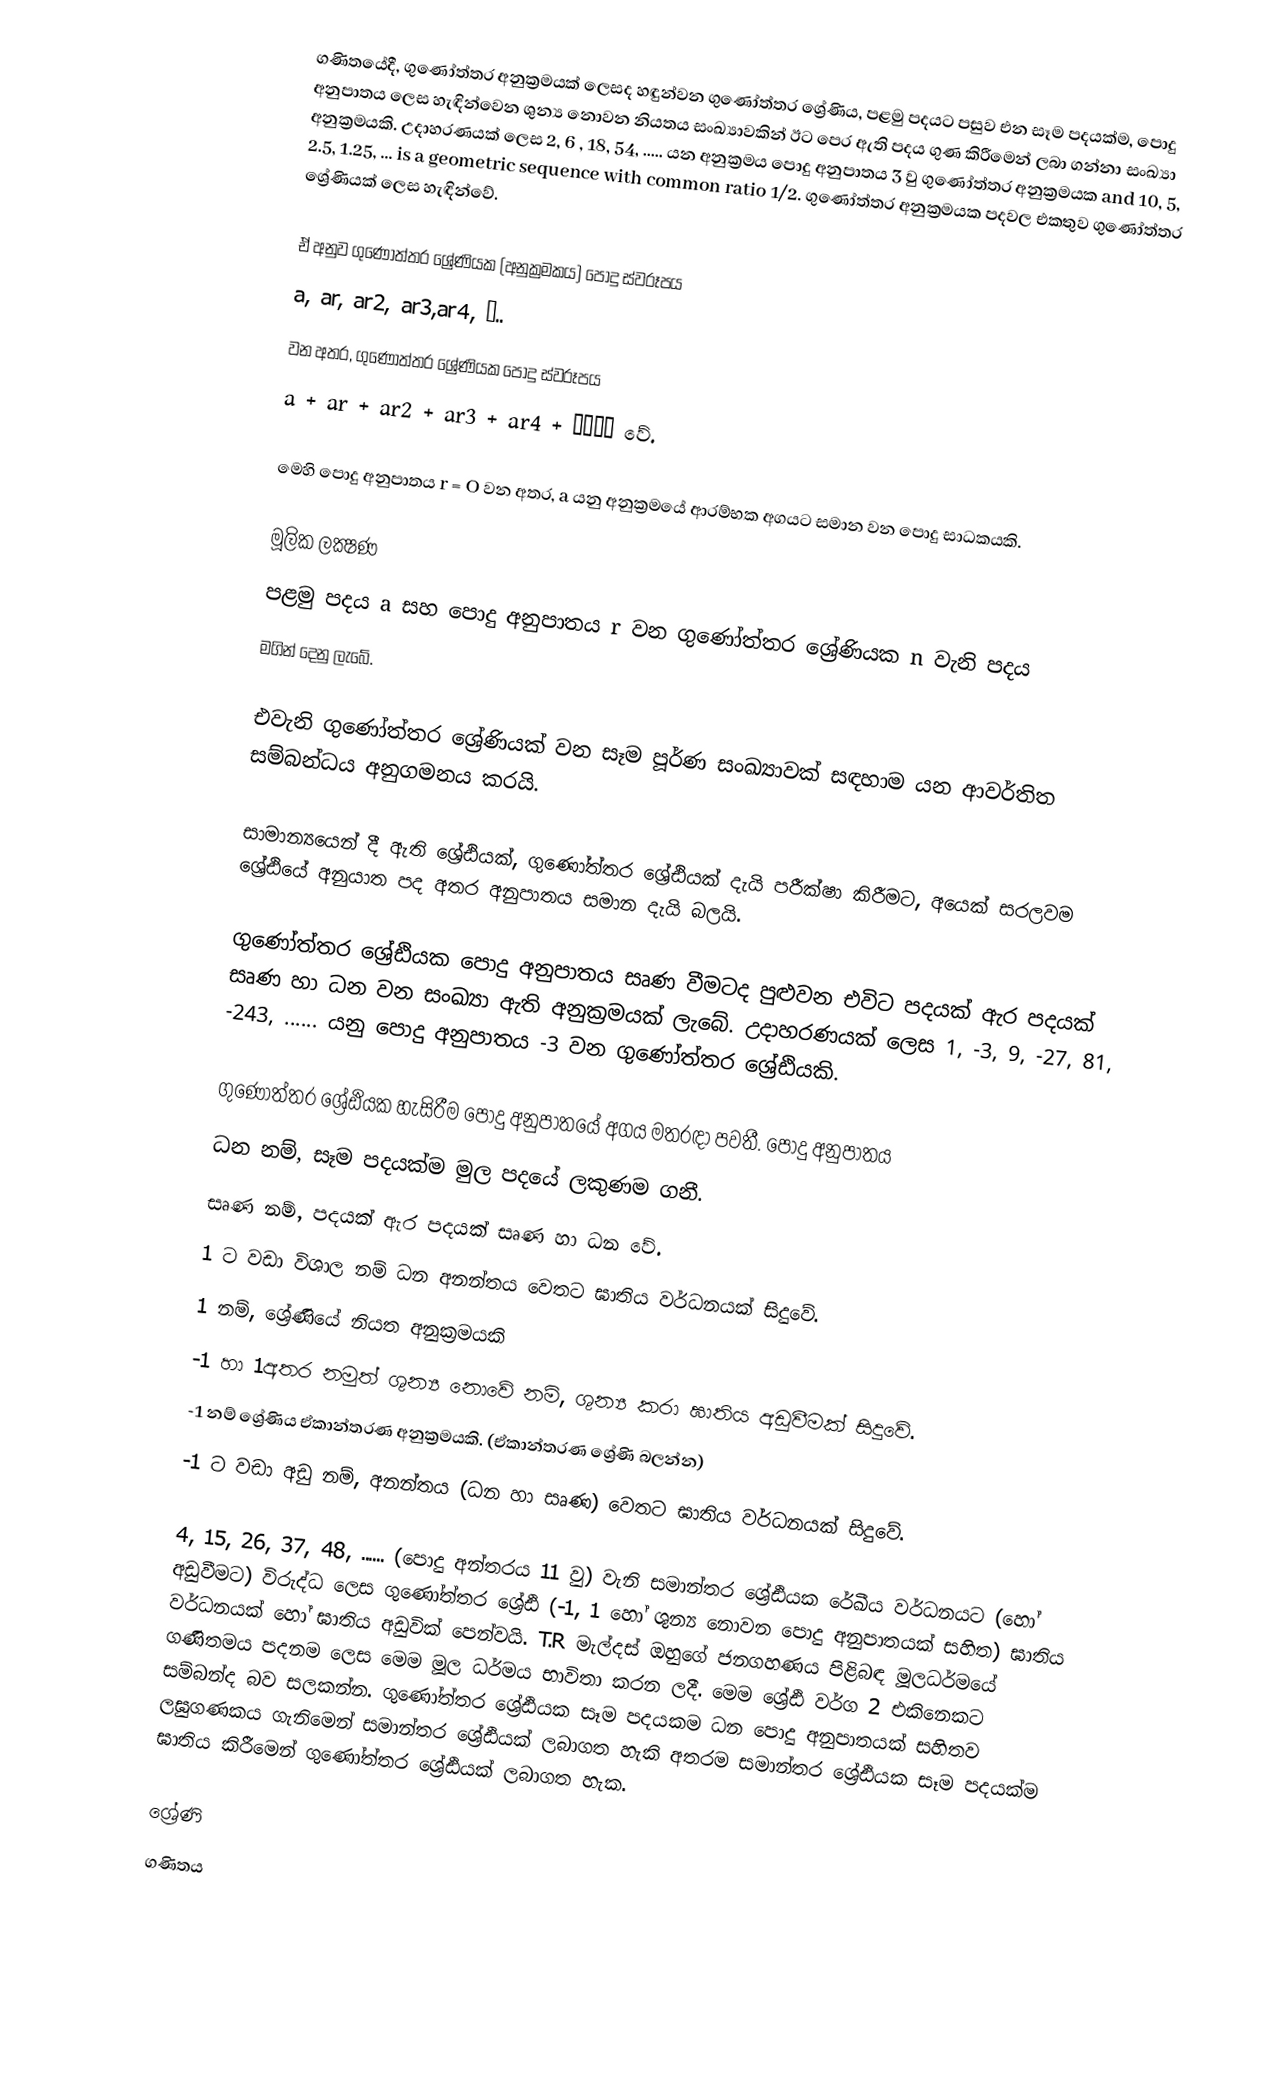
ගණිතයේදී, ගුණෝත්තර අනුක්‍රමයක් ලෙසද හඳුන්වන ගුණෝත්තර ශ්‍රේණිය, පළමු පදයට පසුව එන සෑම පදයක්ම, පොදු අනුපාතය ලෙස හැඳින්වෙන ශුන්‍ය නොවන නියතය සංඛ්‍යාවකින් ඊට‍ පෙර ඇති පදය ගුණ කිරීමෙන් ලබා ගන්නා සංඛ්‍යා අනුක්‍රමයකි. උදාහරණයක් ලෙස 2, 6 , 18, 54, ..... යන අනුක්‍රමය පොදු අනුපාතය 3  වු ගුණෝත්තර අනුක්‍රමයක and 10, 5, 2.5, 1.25, ... is a geometric sequence with common ratio 1/2. ගුණෝත්තර  අනුක්‍රමයක  පදවල එකතුව ගුණෝත්තර ශ්‍රේණියක් ලෙස හැඳින්වේ.

ඒ අනුව ගුණෝත්තර ශ්‍රේණියක (අනුක්‍රමකය) පොදු ස්වරූපය
a, ar, ar2, ar3,ar4, …..
වන අතර, ගුණෝත්තර ශ්‍රේණියක පොදු ස්වරූපය
a + ar + ar2 + ar3 + ar4 + ………… වේ.

මෙහි පොදු අනුපාතය r = O වන අතර,  a යනු අනුක්‍රමයේ ආරම්භක අගයට සමාන වන පොදු සාධකයකි.

මූලික ලක්‍ෂණ
පළමු පදය a සහ පොදු අනුපාතය r වන ගුණෝත්තර ශ්‍රේණියක n වැනි පදය
 මගින් දෙනු ලැබේ.

එවැනි ගුණෝත්තර ශ්‍රේණියක්  වන සෑම පූර්ණ සංඛ්‍යාවක් සඳහාම  යන ආවර්තිත සම්බන්ධය අනුගමනය කරයි.

සාමාන්‍යයෙන් දී ඇති ශ්‍රේඪියක්, ගුණෝත්තර ශ්‍රේඪියක් දැයි පරීක්ෂා කිරීමට, අයෙක් සරලවම ශ්‍රේඪියේ අනුයාත පද අතර අනුපාතය සමාන දැයි බලයි.

ගුණෝත්තර ශ්‍රේඪියක පොදු අනුපාතය සෘණ වීමටද පුළුවන එවිට පදයක් ඇර පදයක් සෘණ හා ධන වන සංඛ්‍යා ඇති අනුක්‍රමයක් ලැබේ. උදාහරණයක් ලෙස 1, -3, 9, -27, 81, -243, ...... යනු පොදු අනුපාතය -3 වන ගුණෝත්තර ශ්‍රේඪියකි.

ගුණෝත්තර ශ්‍රේඪියක හැසිරීම පොදු අනුපාතයේ අගය මතරඳා පවතී. පොදු අනුපාතය
	ධන නම්, සෑම පදයක්ම මුල පදයේ ලකුණම ගනී.
	සෘණ නම්, පදයක් ඇර පදයක් සෘණ හා ධන වේ.
	1 ට වඩා විශාල නම් ධන අනන්තය වෙතට ඝාතිය වර්ධනයක් සිදු‍වේ.
	1 නම්, ශ්‍රේණියේ නියත අනුක්‍රමයකි
	-1 හා 1අතර නමුත් ශුන්‍ය නොවේ නම්, ශුන්‍ය කරා ඝාතිය අඩුවීමක් සිදුවේ.
	-1 නම් ශ්‍රේණිය ඒකාන්තරණ අනුක්‍රමයකි. (ඒකාන්තරණ ශ්‍රේණි බලන්න)
	-1 ට වඩා අඩු නම්, අනන්තය (ධන හා සෘණ) වෙතට ඝාතිය වර්ධනයක් සිදුවේ.

4, 15, 26, 37, 48, ...... (පොදු අන්තරය 11 වු) වැනි සමාන්තර ශ්‍රේඪියක රේඛීය වර්ධනයට (හෝ අඩුවීමට) විරුද්ධ ලෙස ගුණෝත්තර ශ්‍රේඪි (-1, 1 හෝ ශුන්‍ය නොවන පොදු අනුපාතයක් සහිත) ඝාතිය වර්ධනයක් හෝ ඝාතිය අඩුවික් පෙන්වයි. T.R මැල්දස් ඔහුගේ ජනගහණය පිළිබඳ මූලධර්මයේ ගණිතමය පදනම ලෙස මෙම මූල ධර්මය භාවිතා කරන ලදී. මෙම ශ්‍රේඪි වර්ග 2 එකිනෙකට සම්බන්ද බව සලකන්න. ගුණෝත්තර ශ්‍රේඪියක සෑම පදයකම ධන පොදු අනුපාතයක් සහිතව ලඝුගණකය ගැනිමෙන් සමාන්තර ශ්‍රේඪියක් ලබාගත හැකි අතරම සමාන්තර ශ්‍රේඪියක සෑම පදයක්ම ඝාතිය කිරීමෙන් ගුණෝත්තර ශ්‍රේඪියක් ලබාගත හැක.

ශ්‍රේණි
ගණිතය